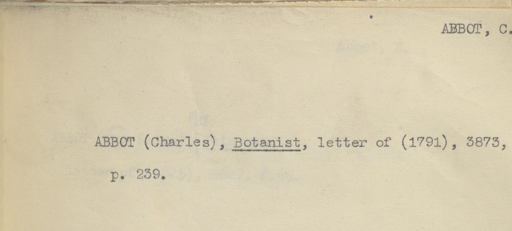
Label: content